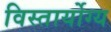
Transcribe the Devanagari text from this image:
विस्तार्योग्य